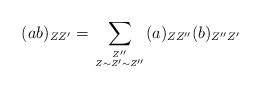
\begin{align*}(ab)_{ZZ'} = \sum_{{Z''} \atop {Z \sim Z' \sim Z''}} (a)_{ZZ''}(b)_{Z''Z'}\end{align*}